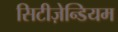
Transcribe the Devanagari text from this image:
सिटीज़ेन्डियम